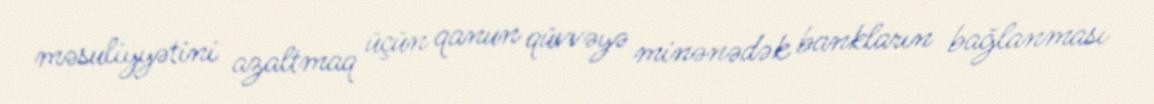
məsuliyyətini azaltmaq üçün qanun qüvvəyə minənədək bankların bağlanması